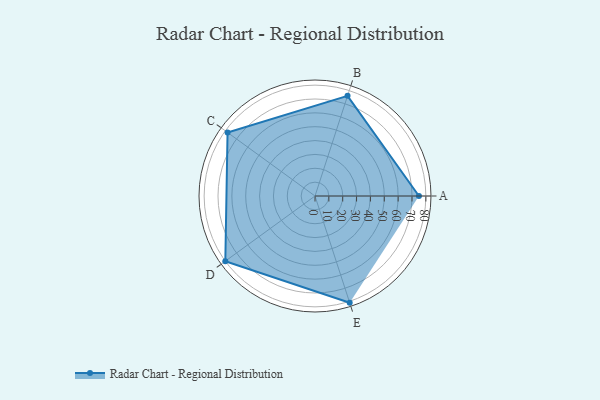
{"axis": {"x": "Skill", "y": "Score"}, "legend": ["Profile"], "data": [{"x": "A", "y": 75.0, "type": "Profile"}, {"x": "B", "y": 76.0, "type": "Profile"}, {"x": "C", "y": 78.0, "type": "Profile"}, {"x": "D", "y": 80.0, "type": "Profile"}, {"x": "E", "y": 81.0, "type": "Profile"}]}